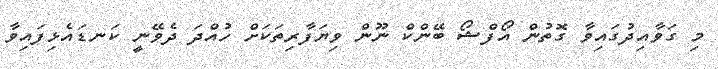
މި ގަވާއިދުގައިވާ ގޮތުން އޯފްޝޯ ބޭންކް ނޫން ވިޔަފާރިތަކަށް ހުއްދަ ދެވޭނީ ކަނޑައެޅިފައިވާ